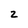
Character: Z